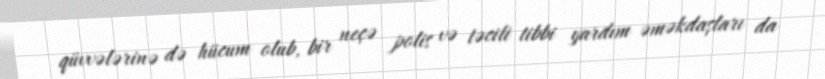
qüvvələrinə də hücum olub, bir neçə polis və təcili tibbi yardım əməkdaşları da